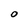
Character: O